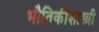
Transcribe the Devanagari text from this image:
भौतिकीशास्त्री